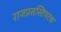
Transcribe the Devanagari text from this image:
राजप्रसस्तिपरक